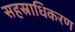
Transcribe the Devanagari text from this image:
सहस्राधिकरण